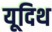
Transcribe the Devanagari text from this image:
यूदिथ